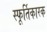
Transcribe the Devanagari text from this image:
स्फूर्तिकारक